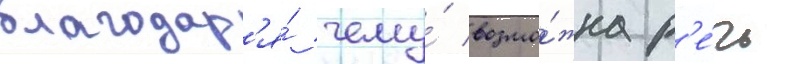
благодар'я́ чему́ возмо́жна р'е́чь